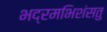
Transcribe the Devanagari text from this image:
भद्रमभिशंसतु